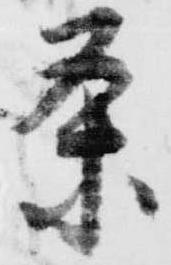
条